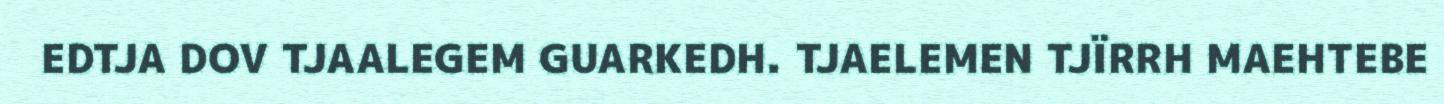
EDTJA DOV TJAALEGEM GUARKEDH. TJAELEMEN TJÏRRH MAEHTEBE